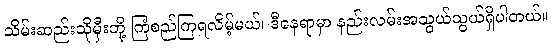
သိမ်းဆည်းသိုမှီးဘို့ ကြံစည်ကြရလိမ့်မယ်၊ ဒီနေရာမှာ နည်းလမ်းအသွယ်သွယ်ရှိပါတယ်။